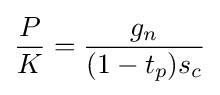
{\frac {P}{K}}={\frac {g_{n}}{(1-t_{p})s_{c}}}